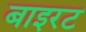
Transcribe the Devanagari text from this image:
बाइरट